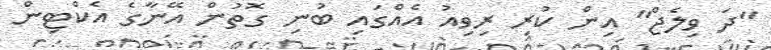
"ދަ ވިލެޖް" އިން ކުރި ރިވިއު އެއްގައި ބުނި ގޮތުން އޭނާގެ އެކްޓިން